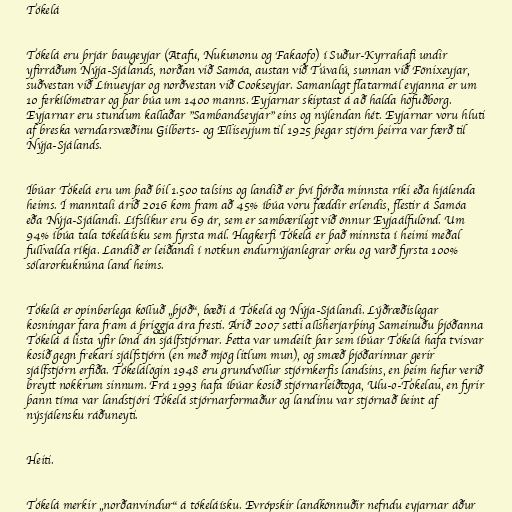
Tókelá

Tókelá eru þrjár baugeyjar (Atafu, Nukunonu og Fakaofo) í Suður-Kyrrahafi undir
yfirráðum Nýja-Sjálands, norðan við Samóa, austan við Túvalú, sunnan við Fönixeyjar,
suðvestan við Línueyjar og norðvestan við Cookseyjar. Samanlagt flatarmál eyjanna er um
10 ferkílómetrar og þar búa um 1400 manns. Eyjarnar skiptast á að halda höfuðborg.
Eyjarnar eru stundum kallaðar "Sambandseyjar" eins og nýlendan hét. Eyjarnar voru hluti
af breska verndarsvæðinu Gilberts- og Elliseyjum til 1925 þegar stjórn þeirra var færð til
Nýja-Sjálands.

Íbúar Tókelá eru um það bil 1.500 talsins og landið er því fjórða minnsta ríki eða hjálenda
heims. Í manntali árið 2016 kom fram að 45% íbúa voru fæddir erlendis, flestir á Samóa
eða Nýja-Sjálandi. Lífslíkur eru 69 ár, sem er sambærilegt við önnur Eyjaálfulönd. Um
94% íbúa tala tókeláísku sem fyrsta mál. Hagkerfi Tókelá er það minnsta í heimi meðal
fullvalda ríkja. Landið er leiðandi í notkun endurnýjanlegrar orku og varð fyrsta 100%
sólarorkuknúna land heims.

Tókelá er opinberlega kölluð „þjóð“, bæði á Tókelá og Nýja-Sjálandi. Lýðræðislegar
kosningar fara fram á þriggja ára fresti. Árið 2007 setti allsherjarþing Sameinuðu þjóðanna
Tókelá á lista yfir lönd án sjálfstjórnar. Þetta var umdeilt þar sem íbúar Tókelá hafa tvisvar
kosið gegn frekari sjálfstjórn (en með mjög litlum mun), og smæð þjóðarinnar gerir
sjálfstjórn erfiða. Tókelálögin 1948 eru grundvöllur stjórnkerfis landsins, en þeim hefur verið
breytt nokkrum sinnum. Frá 1993 hafa íbúar kosið stjórnarleiðtoga, Ulu-o-Tokelau, en fyrir
þann tíma var landstjóri Tókelá stjórnarformaður og landinu var stjórnað beint af
nýsjálensku ráðuneyti.

Heiti.

Tókelá merkir „norðanvindur“ á tókeláísku. Evrópskir landkönnuðir nefndu eyjarnar áður